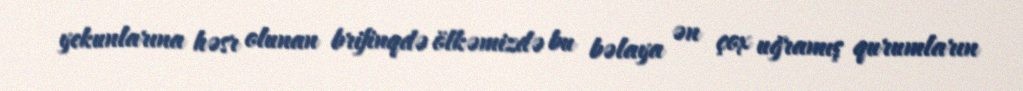
yekunlarına həsr olunan brifinqdə ölkəmizdə bu bəlaya ən çox uğramış qurumların